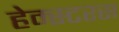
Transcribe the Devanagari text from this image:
हेम्स्टरस